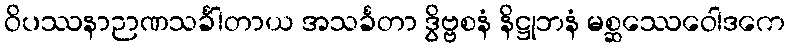
ဝိပဿနာဉာဏသင်္ခါတာယ အသင်္ခတာ ဒွိဗ္ဗစနံ နိဋ္ဌုဘနံ မစ္ဆဿေဝေါဒကေ